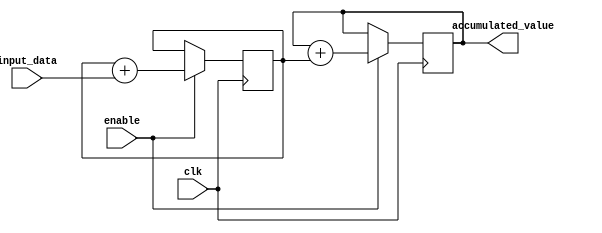
module parallel_accumulator(
    input wire clk,
    input wire enable,
    input wire [7:0] input_data,
    output reg [15:0] accumulated_value
);

reg [15:0] accumulator;
reg [15:0] intermediate_result;

always @(posedge clk) begin
    if(enable) begin
        intermediate_result <= intermediate_result + input_data;
        accumulator <= accumulator + intermediate_result;
    end
end

assign accumulated_value = accumulator;

endmodule